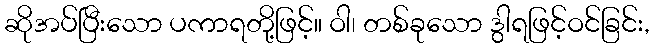
ဆိုအပ်ပြီးသော ပကာရတို့ဖြင့်။ ဝါ၊ တစ်ခုသော ဒွါရဖြင့်ဝင်ခြင်း,